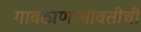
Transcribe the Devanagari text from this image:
गावठाणाभोवतीची